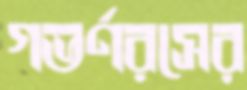
গভর্ণরসের